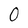
Character: O